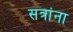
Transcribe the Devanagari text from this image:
सत्रांना